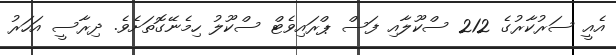
އެއީ ސަރުކާރުގެ 212 ސްކޫލާއި ފަސް ޕްރައިވެޓް ސްކޫލު ހިމެނޭގޮތަށެވެ. ދިރާސީ އަހަރު